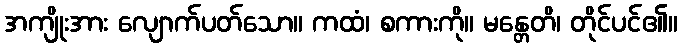
အကျိုးအား လျောက်ပတ်သော။ ကထံ၊ စကားကို။ မန္တေတိ၊ တိုင်ပင်၏။